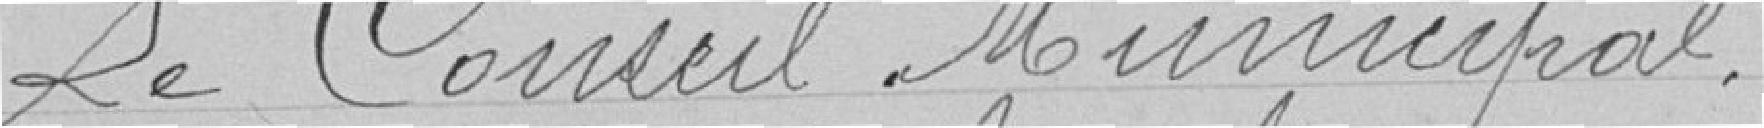
Le Conseil Municipal,